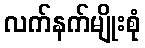
လက်နက်မျိုးစုံ